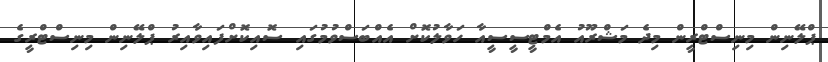
ޕްލޭނިން މިނިސްޓްރީން މިދެ މަޝްރޫއު އެމްޓީސީސީއާ ހަވާލުކޮށް އެއްބަސްވުމުގައި ސޮއިކޮށްފައިވާއިރު ޕްލޭނިން މިނިސްޓްރީގެ